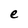
Character: e